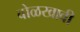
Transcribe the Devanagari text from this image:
वोळखावी